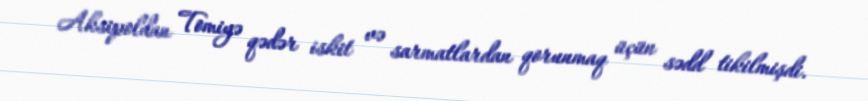
Aksipoldan Tomiyə qədər iskit və sarmatlardan qorunmaq üçün sədd tikilmişdi.